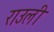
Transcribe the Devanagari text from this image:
राउली